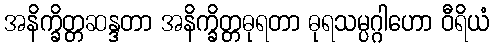
အနိက္ခိတ္တဆန္ဒတာ အနိက္ခိတ္တဓုရတာ ဓုရသမ္ပဂ္ဂါဟော ဝီရိယံ